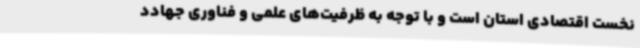
نخست اقتصادی استان است و با توجه به ظرفیت‌های علمی و فناوری جهادد